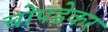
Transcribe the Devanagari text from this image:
चोपडेकर